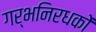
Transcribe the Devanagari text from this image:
गर्भनिरधकों